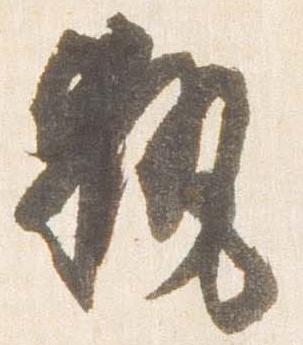
執